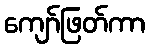
ကျော်ဖြတ်ကာ